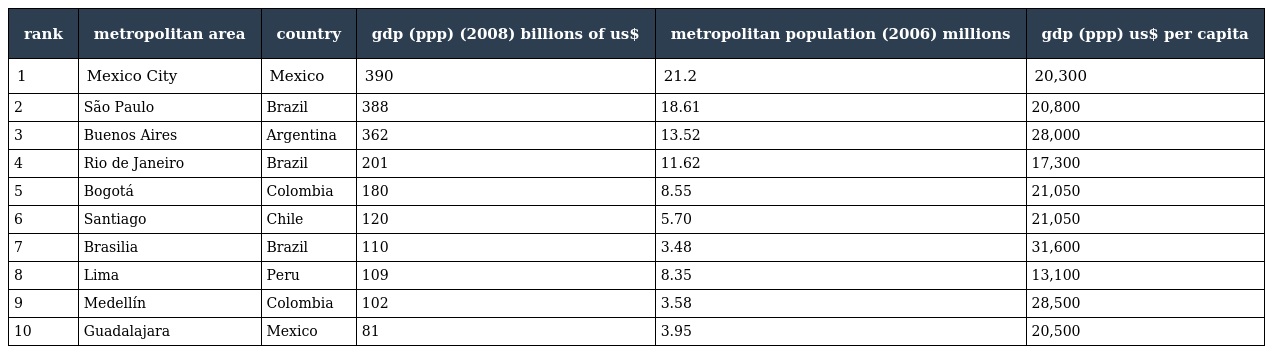
| rank | metropolitan area | country | gdp (ppp) (2008) billions of us$ | metropolitan population (2006) millions | gdp (ppp) us$ per capita |
 | --- | --- | --- | --- | --- | --- |
 | 1 | Mexico City | Mexico | 390 | 21.2 | 20,300 |
 | 2 | São Paulo | Brazil | 388 | 18.61 | 20,800 |
 | 3 | Buenos Aires | Argentina | 362 | 13.52 | 28,000 |
 | 4 | Rio de Janeiro | Brazil | 201 | 11.62 | 17,300 |
 | 5 | Bogotá | Colombia | 180 | 8.55 | 21,050 |
 | 6 | Santiago | Chile | 120 | 5.70 | 21,050 |
 | 7 | Brasilia | Brazil | 110 | 3.48 | 31,600 |
 | 8 | Lima | Peru | 109 | 8.35 | 13,100 |
 | 9 | Medellín | Colombia | 102 | 3.58 | 28,500 |
 | 10 | Guadalajara | Mexico | 81 | 3.95 | 20,500 |